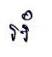
អំ